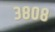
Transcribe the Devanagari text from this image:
३८०८